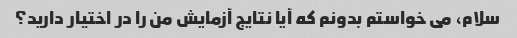
سلام، می خواستم بدونم که آیا نتایج آزمایش من را در اختیار دارید؟